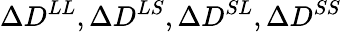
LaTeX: \Delta D^{LL},\Delta D^{LS},\Delta D^{SL},\Delta D^{SS}